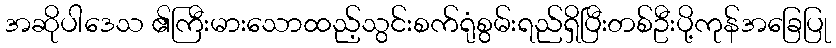
အဆိုပါဒေသ ၏ကြီးမားသောထည့်သွင်းစက်ရုံစွမ်းရည်ရှိပြီးတစ်ဦးပို့ကုန်အခြေပြု